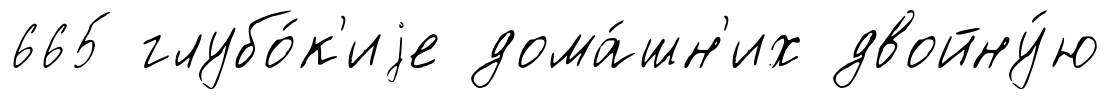
665 глубо́к'иjе дома́шн'их двойну́ю